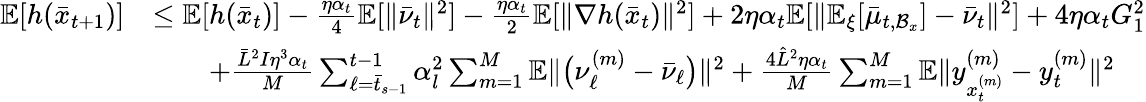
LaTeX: \begin{array}{rl}{\mathbb{E}[h(\bar{x}_{t+1})]}&{\leq\mathbb{E}[h(\bar{x}_{t})]-\frac{\eta\alpha_{t}}{4}\mathbb{E}[\| \bar{\nu}_{t}\| ^{2}]-\frac{\eta\alpha_{t}}{2}\mathbb{E}[\| \nabla h(\bar{x}_{t})\| ^{2}]+2\eta\alpha_{t}\mathbb{E}[\| \mathbb{E}_{\xi}[\bar{\mu}_{t,\mathcal{B}_{x}}]-\bar{\nu}_{t}\| ^{2}]+4\eta\alpha_{t}G_{1}^{2}}\\ &{\qquad+\frac{\bar{L}^{2}I\eta^{3}\alpha_{t}}{M}\sum_{\ell=\bar{t}_{s-1}}^{t-1}\alpha_{l}^{2}\sum_{m=1}^{M}\mathbb{E}\| \big(\nu_{\ell}^{(m)}-\bar{\nu}_{\ell}\big)\| ^{2}+\frac{4\hat{L}^{2}\eta\alpha_{t}}{M}\sum_{m=1}^{M}\mathbb{E}\| y_{x_{t}^{(m)}}^{(m)}-y_{t}^{(m)}\| ^{2}}\end{array}